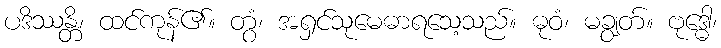
ပဒိဿန္တိ၊ ထင်ကုန်၏။ တွံ၊ အရှင်သုမေဓာရသေ့သည်။ ဓုဝံ၊ မချွတ်။ ဗုဒ္ဓေါ၊